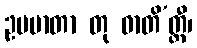
ဥပမာတာ တု ဓာတိ’တ္ထီ၊